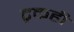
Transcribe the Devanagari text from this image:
ट्रकही